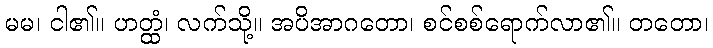
မမ၊ ငါ၏။ ဟတ္ထံ၊ လက်သို့။ အပိအာဂတော၊ စင်စစ်ရောက်လာ၏။ တတော၊